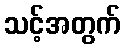
သင့်အတွက်